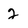
Character: 2